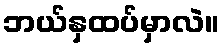
ဘယ်နှထပ်မှာလဲ။